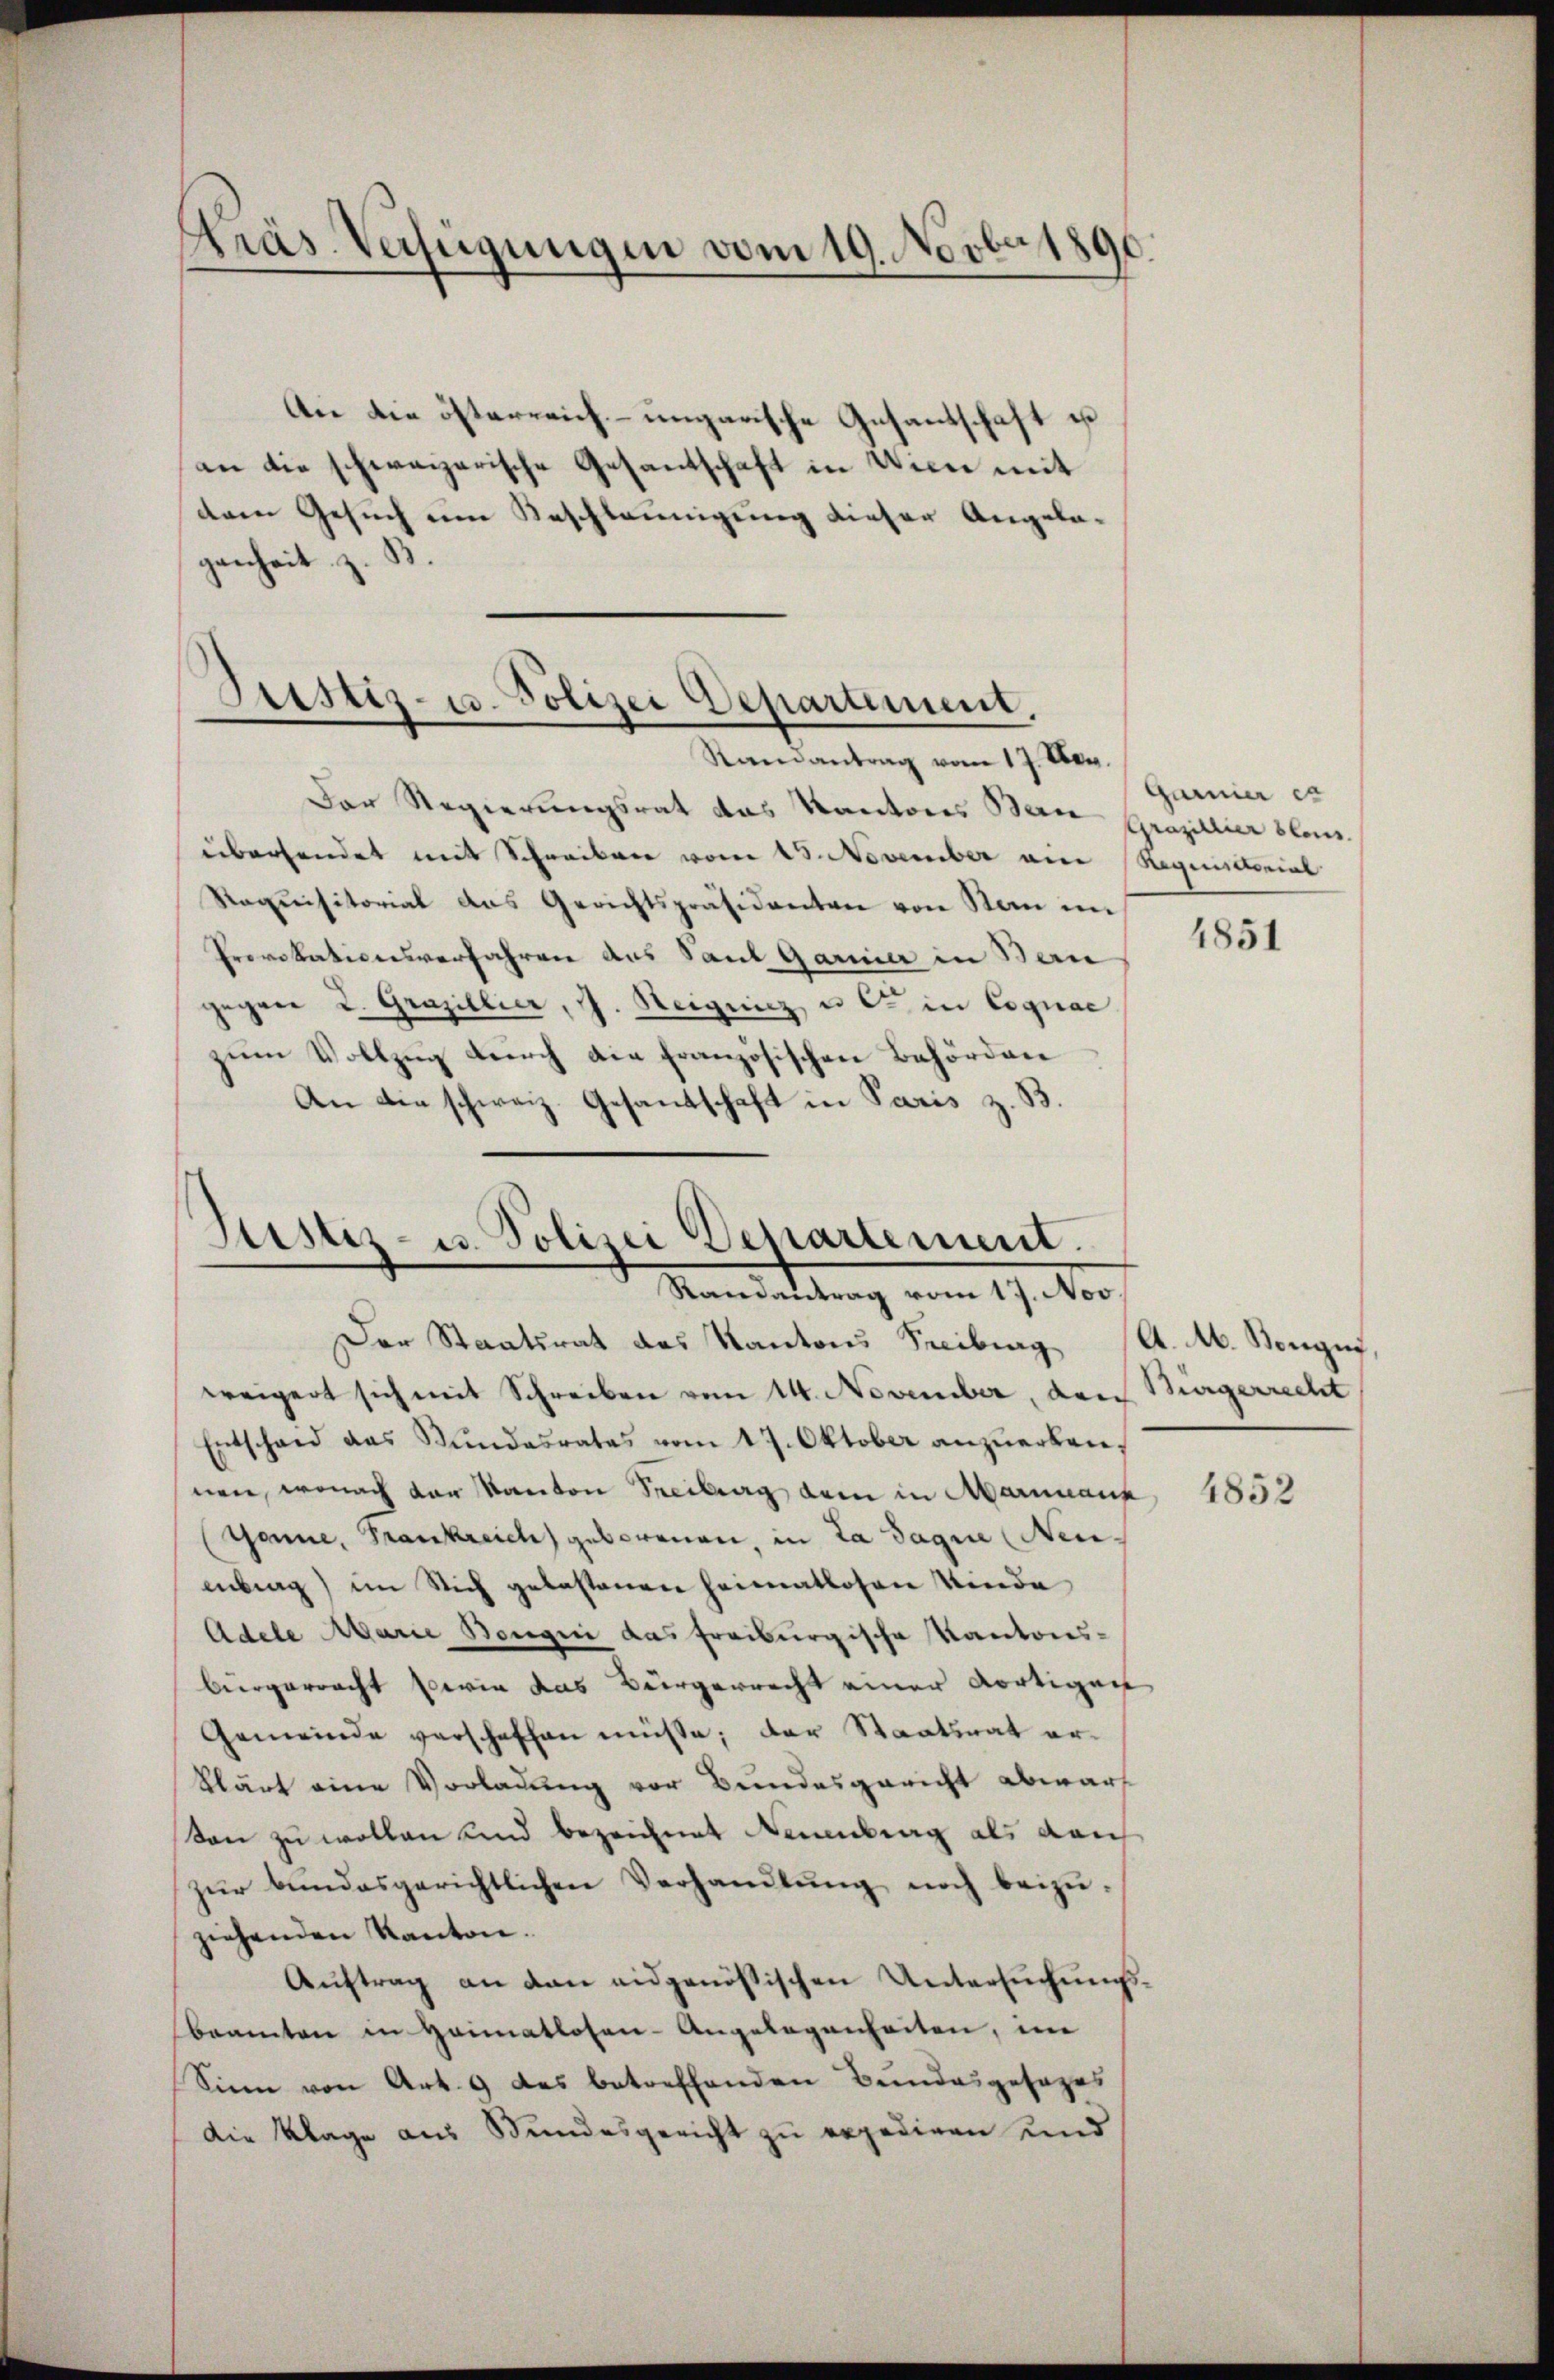
Präs. Verfügungen vom 19. Novber 1890.

An die österreich-ungarische Gesantschaft ist
an die schweizerische Gesandschaft in Wien mit
dtem Gesuch um Beschleunigung dieser Angelagenheit z. B.

Justiz- u. Polizei Departement.
Randantrag vom 17. Der

Der Regierungsrat das Kantores Bern Crazillier sein.
übersendet mit Schreiben vom 15. November ein Requistorial
Roquisitorial das Gerichtspräsidenten von Man im
Provokationsverfahren aus Saut Garnier in Ban
gegen 2. Grazillier, J. Steigung u C in Cognae
zum Vollzug durch die französischen Behörden
An die schweiz. Gesandschaft in Paris z. B.

Justiz- u. Polizei Departement.
Mandattung vom 19. der

Garnier es

Der Staatsrat des Kantons Freiburg (A. M. Bougis,
weigert sich mit Schreiben vom 14. November, da
Entschaid das Stŭndesrates vom 17. Oktober anzŭerban-
nen, wonach der Kanton Seitrag dem in Marinanz
Gönne, Frankreich geborenen, in da sage (Neu
brag) im Stich gelastenen Heimatlosen Kinde
Adele Marie Bongen das freiburgische Kantonsbürgerracht sowie das Bürgerrecht einer dortigen
Gemeinde verschaffen müsse; der Staatsrat erklärt eine Vorladung vor Bundesgericht abwar
von zu wollen und bezeichnet Neuenburg als dan
zŭr bŭndesgerichtlichen Verhandlŭng noch beizŭ-
ziehenden Kanton.
Auftrag an den eidgenössischen Untersuchungsbeamten in Heimatlosen-Angelegenheiten, im
Sinn von Art. 9 des betreffenden Bundesgesezes
Die Klage aus Stundesgericht zu expedigen und

1851

Bürgerrecht

4852